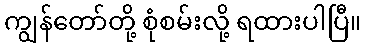
ကျွန်တော်တို့ စုံစမ်းလို့ ရထားပါပြီ။